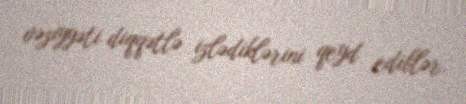
vəziyyəti diqqətlə izlədiklərini qeyd ediblər.